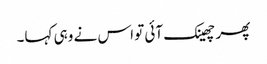
پھر چھینک آئی تو اس نے وہی کہا۔